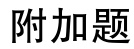
附加题